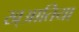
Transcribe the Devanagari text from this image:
ख्आतिया